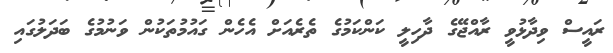
ރައީސް ވިދާޅުވީ ރާއްޖޭގެ ދާހިލީ ކަންކަމުގެ ތެރެއަށް އެހެން ގައުމުތަކުން ވަނުމުގެ ބަދަލުގައި